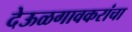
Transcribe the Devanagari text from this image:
देऊळगावकरांचा